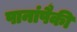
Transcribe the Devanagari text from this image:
पानांपैकी